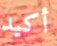
أكيد